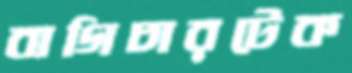
বাগিচারটেক